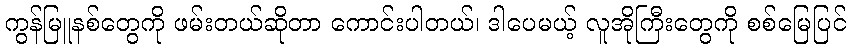
ကွန်မြူနစ်တွေကို ဖမ်းတယ်ဆိုတာ ကောင်းပါတယ်၊ ဒါပေမယ့် လူအိုကြီးတွေကို စစ်မြေပြင်